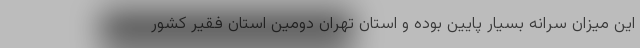
این میزان سرانه بسیار پایین بوده و استان تهران دومین استان فقیر کشور